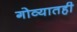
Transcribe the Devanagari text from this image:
गोव्यातही